Vaccination in Bombay 1889-1901 - 1889-1901
Year: 1889
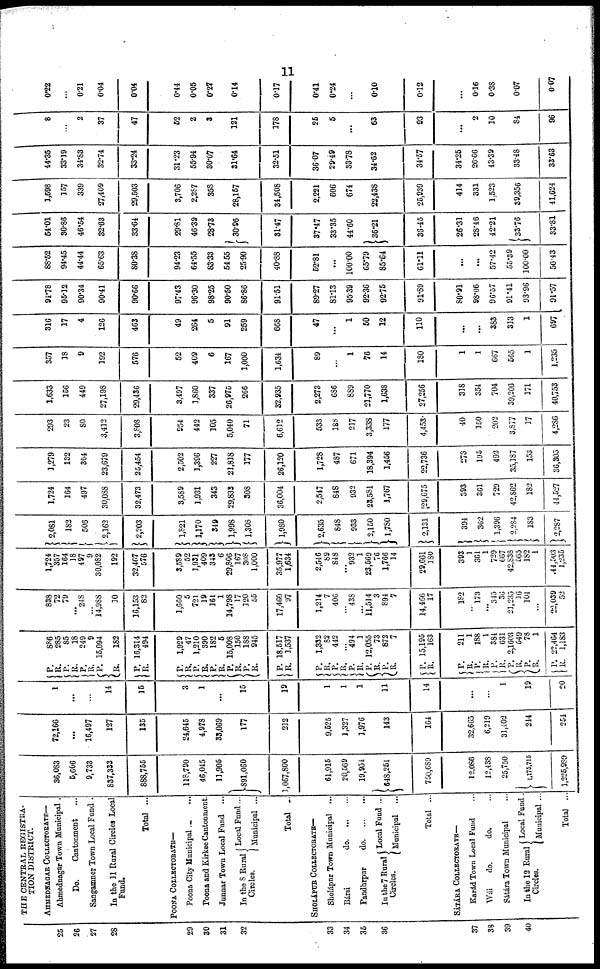
11
25
26
27
28
29
30
31
32
33
34
35
36
37
38
39
40
THE CENTRAL REGISTRA-
TION DISTRICT.
AHMEDNAGAR COLLECTORATE—
Ahmednagar Town Municipal.
Do.
Cantonment ...
Sangamner Town Local Fund .
In the 11 Rural Circles Local
Fund.
Total ...
POONA COLLECTORATE—
Poona City Municipal ... ...
Poona and Kirkee Cantonment.
Junnar Town Local Fund ...
In the S Rural
Circles.
Local Fund...
Municipal ...
Total ...
SHOLÁPUR COLLECTORATE—
Sholápur Town Municipal ...
Bársi
do. ... ...
Pandhrpur
do. ... ...
In the 7 Rural
Circles.
Local Fund ...
Municipal ...
Total ...
SÁTÁRA COLLECTORATE—
Karád Town Local Fund ...
Wái
do.
do. ...
Sátára Town Municipal ...
In the 12 Rural
Circles.
Local Fund .
Municipal ...
Total ...
36,083
5,606
9,733
837,333
888,755
118,790
46,045
11,905
891,060
1,067,800
61,915
20,569
19,954
648,251
750,689
12,086
12,438
25,750
1,175,715
1,225,989
72,166
...
16,497
127
135
24,645
4,978
33,069
177
212
9,525
1,327
1,976
143
164
32,665
6,219
31,402
244
254
1
...
...
14
15
3
1
...
15
19
1
1
1
11
14
...
...
1
19
20
P.
R.
P.
R.
P.
R.
P.
R.
P.
R.
P.
R.
P.
R.
P. R.
P.
R.
P.
R.
P.
R.
P.
R.
P.
R.
P.
R. P.
R.
P.
R.
P.
R.
P.
R.
P.
R.
P.
R.
P.
R.
P.
R.
P.
R.
886
285
85
18
249
9
15,094
182
16,314
494
1,929
47
1,210
390
182
5
15,008
150
188
945
18,517
1,537
1,332
82
442
...
494
1
12,055
73
872
7
15,195
163
211
1
188
1
384
631
2,1603
549
78
1
22,464
1,183
838
72
79
...
248
...
14,988
10
16,153
83
1,660
5
721
19
161
1
14,798
17
120
55
17,460
97
1,214
7
406
...
438
...
11,514
3
894
7
14,466
17
182
...
173
...
345
36
21,235
16
104
...
22,039
52
1,724
357
164
18
497
9
30,082
192
32,467
576
3,589
52
1,931
409
343
6
29,806
167
308
1,000
35,977
1,634
2,546
89
848
... 932
1
23,569
76
1,766
14
29,661
180
393
1
361
1
729
667
42,838
565
182
1
44,503
1,235
2,081
182
506
2,162
2,203
1,821
1,170
349
1,998
1,308
1,980
2,635
848
933
2,150
1,780
2,131
394
362
1,396
2,284
183
2,287
1,724
164
497
30,088
32,473
3,589
1,931
343
29,833
308
36,004
2,547
848
932
23,581
1,767
29,675
393
361
729
42,862
182
44,527
1,279
132
364
23,679
25,454
2,502
1,396
227
21,818
177
26,120
1,728
487
671
18,394
1,456
22,736
278
195
492
35,187
153
36,305
293
23
80
3,412
3,808
954
442
105
5,040
71
6,612
533
188
217
3,338
177
4,453
40
150
202
3,877
17
4,286
1,633
156
449
27,198
29,436
3,497
1,860
337
26,975
266
32,935
2,273
686
889
21,770
1,638
27,256
318
354
704
39,206
171
40,753
357
18
9
192
576
52
409
6
167
1,000
1,634
89
...
1
76
14
180
1
1
667
565
1
1,235
316
17
4
126
463
49
264
5
91
259
668
47
...
1
50
12
110
...
...
383
313
1
697
94.78
95.12
90.34
90.41
90.66
97.43
96.30
98.25
90.50
86.86
91.51
89.27
81.13
95.39
92.36
92.75
91.89
80.91
98.06
96.57
91.41
93.96
91.57
88.52
94.45
44.44
65.63
80.38
94.23
64.55
83.33
54.55
25.90
40.88
52.81
...
100.00
65.79
85.64
61.11
...
...
57.42
55.39
100.00
56.43
54.01
30.86
46.54
32.63
33.64
29.81
46.39
28.73
30.96
31.47
37.47
33.35
44.60
36.21
36.45
26.31
28.46
42.21
33.76
33.81
1,598
157
339
27,409
29,503
3,706
2,287
358
28,157
34,508
2,221
606
674
22,438
25,939
414
331
1,523
39,356
41,624
44.35
33.19
34.83
32.74
33.24
31.23
55.94
30.07
31.64
32.51
36.07
29.49
33.78
34.62
34.57
34.25
26.66
43.39
33.48
33.63
8
...
2
37
47
52
2
3
121
178
25
5
...
63
93
...
2
10
84
96
0.22
...
0.21
0.04
0.04
0.44
0.05
0.27
0.14
0.17
0.41
0.24
...
0.10
0.12
...
0.16
0.38
0.07
0.07